Civil Veterinary Department Bengal reports 1923-33 - 1923-1933
Year: 1923
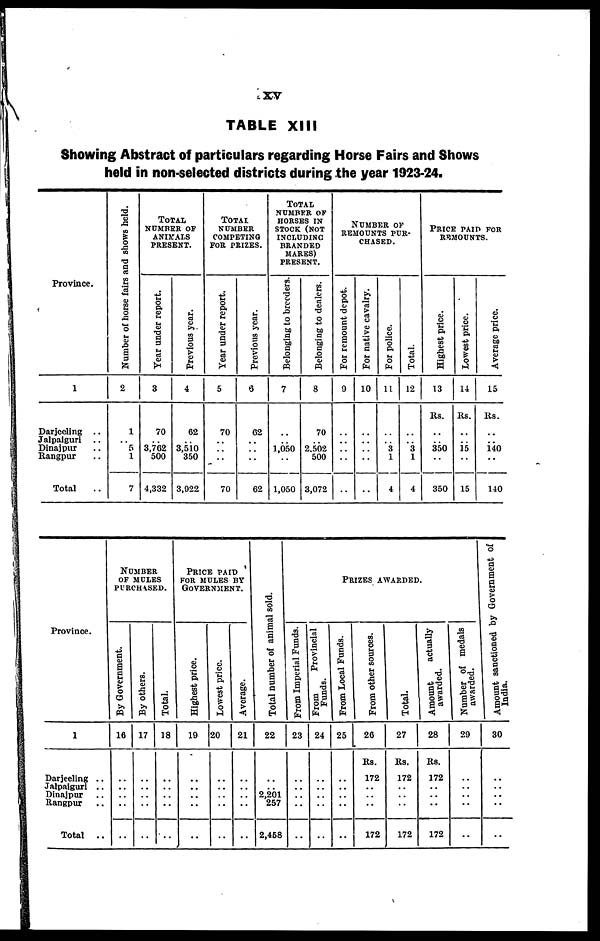
XV
TABLE XIII
Showing Abstract of particulars regarding Horse Fairs and Shows
held in non-selected districts during the year 1923-24.
Province.
1
Darjeeling
..
Jalpalguri
..
Dinajpur ..
Rangpur ..
Total ..
Number of horse
fairs and shows held.
2
1
..
5
1
7
TOTAL
NUMBER OF
ANIMALS
PRESENT.
Year under report.
3
70
..
3,762
500
4,332
Previous year.
4
62
..
3,510
350
3,922
TOTAL
NUMBER
COMPETING
FOR PRIZES.
Year under report.
5
70
..
..
..
70
Previous year.
6
62
..
..
..
62
TOTAL
NUMBER OF
HORSES IN
STOCK (NOT
INCLUDING
BRANDED
MARES)
PRESENT.
Belonging to breeders.
7
..
..
1,050
..
1,050
Belonging to dealers.
8
70
..
2,502
500
3,072
NUMBER OF
REMOUNTS PUR-
------.
For remount depot.
9
..
..
..
..
..
For native cavalry.
10
..
..
..
..
..
For police.
11
..
..
3
1
4
Total.
12
..
..
3
1
4
PRICE PAID FOR
REMOUNTS.
Highest price.
13
Rs.
..
..
350
..
350
Lowest price.
14
Rs.
..
..
15
..
15
Average price.
15
Rs.
..
..
140
..
140
Province.
1
Darjeeling ..
Jaipaiguri ..
Dinajpur ..
Rangpur ..
Total ..
NUMBER
OF MULES
PURCHASED.
By Government.
16
..
..
.. ..
..
By others.
17
..
..
.. ..
..
Total.
18
..
..
.. ..
..
PRICE PAID
FOR MULES BY
GOVERNMENT.
Highest price.
19
..
..
.. ..
..
Lowest price.
20
..
..
.. ..
..
Average.
21
..
..
.. ..
..
Total number of animal sold.
22
..
.. 2,201
257
2,458
PRIZES AWARDED.
From Imperial Funds.
23
..
..
.. ..
..
From
Provincial
Funds.
24
..
..
.. ..
..
From Local Funds.
25
..
..
.. ..
..
From other sources.
26
Rs.
172
..
.. ..
172
Total.
27
Rs.
172
..
.. ..
172
Amount
actually
awarded.
28
Rs.
172
..
.. ..
172
Number of medals
awarded.
29
..
..
..
..
..
Amount sanctioned by Government of
India.
30
..
..
..
..
..